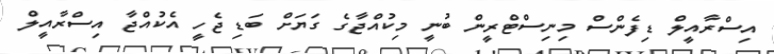
އިސްރާއީލް ޑިފެންސް މިނިސްޓްރީން ބުނީ މިކުއްޖާގެ ގަޔަށް ބަޑި ޖެހީ އެކުއްޖާ އިސްރާއީލް